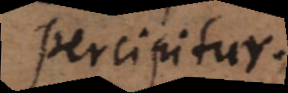
percipitur.